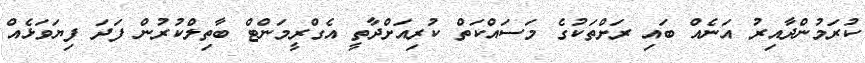
ކުރަމުންދާއިރު އަނެއް ބައި ރަށްތަކުގެ މަސައްކަތް ކުރިއަށްދާތީ އެގްރީމަންޓް ބާތިލްކުރުން ފަދަ ފިޔަވަޅެއް